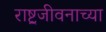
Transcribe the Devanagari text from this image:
राष्ट्रजीवनाच्या